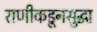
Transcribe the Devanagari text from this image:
राणीकडूनसुद्धा